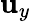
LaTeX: \mathbf{u}_{y}